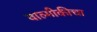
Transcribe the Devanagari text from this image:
वाल्मीकीचा